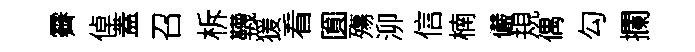
霽倬蓋召柝韈猨看圎殤泖信楠儼規偶勾攔